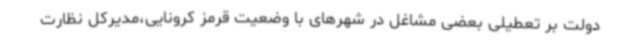
دولت بر تعطیلی بعضی مشاغل در شهرهای با وضعیت قرمز کرونایی،مدیرکل نظارت